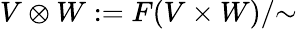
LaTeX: V\otimes W:=F(V\times W)/{\sim}